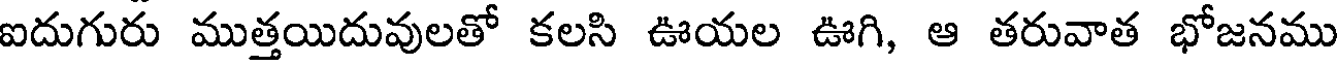
ఐదుగురు ముత్తయిదువులతో కలసి ఊయల ఊగి, ఆ తరువాత భోజనము